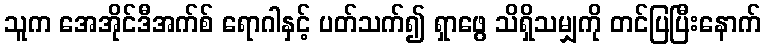
သူက အေအိုင်ဒီအက်စ် ရောဂါနှင့် ပတ်သက်၍ ရှာဖွေ သိရှိသမျှကို တင်ပြပြီးနောက်